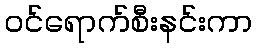
ဝင်ရောက်စီးနင်းကာ